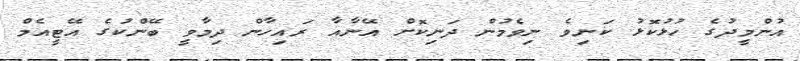
އުންމީދުގެ ހުޅުކޮޅު ކަނިވެ ނިވެމުން ދަނިކޮށް އޭނާއާ ރައިހާން ދިމާވީ ބޭންކުގެ އޭޓީއެމް